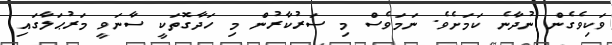
ވަކިވެގެން ނުދާނެ ކަމަށެވެ. ނަމަވެސް މި ސަރުކާރުން މި ހަދާގޮތަކީ ސާނަވީ މަރުޙަލާގައި